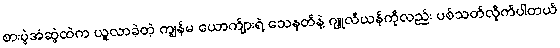
စားပွဲအံဆွဲထဲက ယူလာခဲ့တဲ့ ကျွန်မ ယောက်ျားရဲ့ သေနတ်နဲ့ ဂျူလီယန်ကိုလည်း ပစ်သတ်လိုက်ပါတယ်